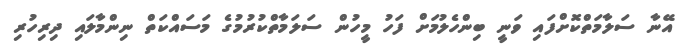
އޭނާ ސަލާމަތްކޮށްފައި ވަނީ ބިންހެލުމަށް ފަހު މީހުން ސަލަމާތްކުރުމުގެ މަސައްކަތް ނިންމާލައި ދިރިހުރި